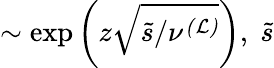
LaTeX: \sim\exp\left(z\sqrt{\tilde{s}/\nu^{\mathcal{(L)}}}\right),\; \tilde{s}